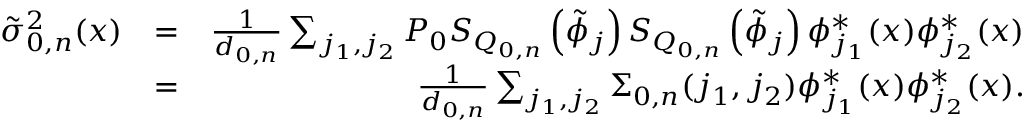
\begin{array} { r l r } { \tilde { \sigma } _ { 0 , n } ^ { 2 } ( x ) } & { = } & { \frac { 1 } { d _ { 0 , n } } \sum _ { j _ { 1 } , j _ { 2 } } P _ { 0 } S _ { Q _ { 0 , n } } \left( \tilde { \phi } _ { j } \right) S _ { Q _ { 0 , n } } \left( \tilde { \phi } _ { j } \right) \phi _ { j _ { 1 } } ^ { * } ( x ) \phi _ { j _ { 2 } } ^ { * } ( x ) } \\ & { = } & { \frac { 1 } { d _ { 0 , n } } \sum _ { j _ { 1 } , j _ { 2 } } \Sigma _ { 0 , n } ( j _ { 1 } , j _ { 2 } ) \phi _ { j _ { 1 } } ^ { * } ( x ) \phi _ { j _ { 2 } } ^ { * } ( x ) . } \end{array}